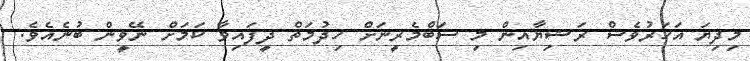
މިދިޔަ އަހަރުވެސް ރަޝިޔާއިން މި ސަބްމެރީނަށް ހިދުމަތް ދީފައިވާ ކަމަށް ނޭވީން ބުނެއެވެ.